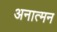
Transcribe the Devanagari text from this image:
अनात्मन